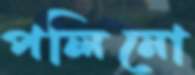
পলিনো